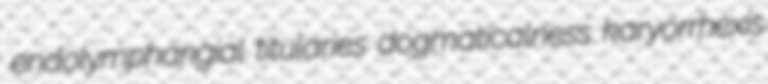
endolymphangial titularies dogmaticalness karyorrhexis